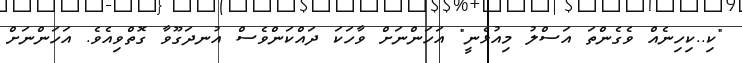
"ކި..ކިހިނެއް ވެގެންތަ އަސްލު މިއުޅެނީ" އަހަންނަށް ވާހަކަ ދައްކަންވެސް އުނދަގޫވާ ގޮތްވިއެވެ. އަހަންނަށް